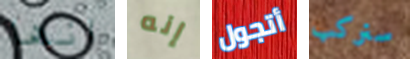
انها إنه أتجول سنركب